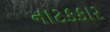
નાટકકાર